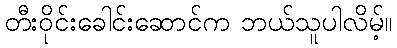
တီးဝိုင်းခေါင်းဆောင်က ဘယ်သူပါလိမ့်။